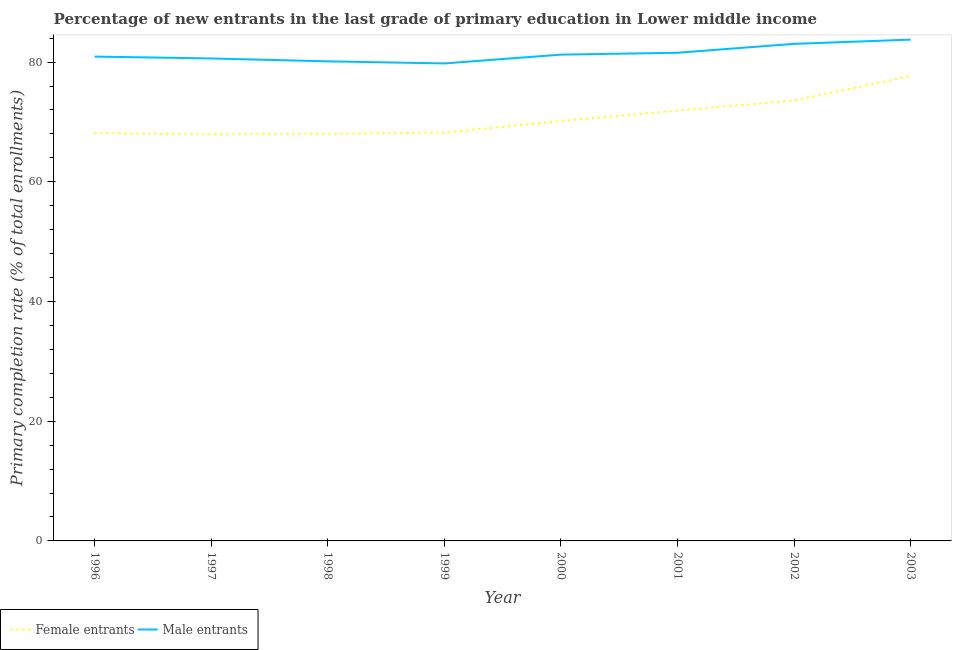
| Year | Female entrants | Male entrants |
 | --- | --- | --- |
 | 1996 | 68.1 | 80.9 |
 | 1997 | 67.9 | 80.6 |
 | 1998 | 68 | 80.1 |
 | 1999 | 68.2 | 79.8 |
 | 2000 | 70.2 | 81.2 |
 | 2001 | 71.9 | 81.6 |
 | 2002 | 73.6 | 83 |
 | 2003 | 77.7 | 83.8 |